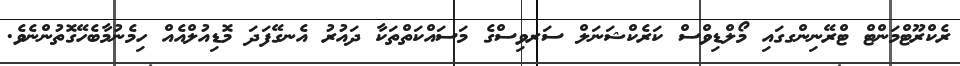
ރެކްރޫޓްމަންޓް ޓްރޭނިންގގައި މޯލްޑިވްސް ކަރެކްޝަނަލް ސަރވިސްގެ މަސައްކަތްތަކާ ދައުރު އެނގޭފަދަ މޮޑިއުލްއެއް ހިމެނުމާބެހޭގޮތުންނެވެ.